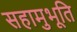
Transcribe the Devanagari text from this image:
सहामुभूति